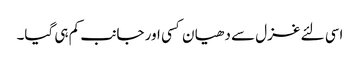
اسی لئے غزل سے دھیا ن کسی اور جانب کم ہی گیا۔